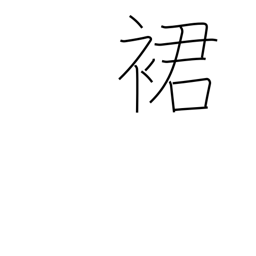
Meaning: hem